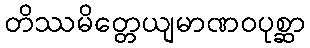
တိဿမိတ္တေယျမာဏဝပုစ္ဆာ